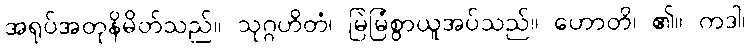
အရုပ်အတုနိမိတ်သည်။ သုဂ္ဂဟိတံ၊ မြဲမြံစွာယူအပ်သည်။ ဟောတိ၊ ၏။ ကဒါ၊